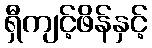
ရှီကျင့်ဖိန်နှင့်